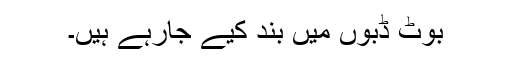
بوٹ ڈبوں میں بند کیے جارہے ہیں۔